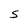
Character: S